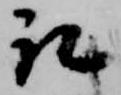
取